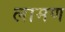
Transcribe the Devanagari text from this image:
लामण